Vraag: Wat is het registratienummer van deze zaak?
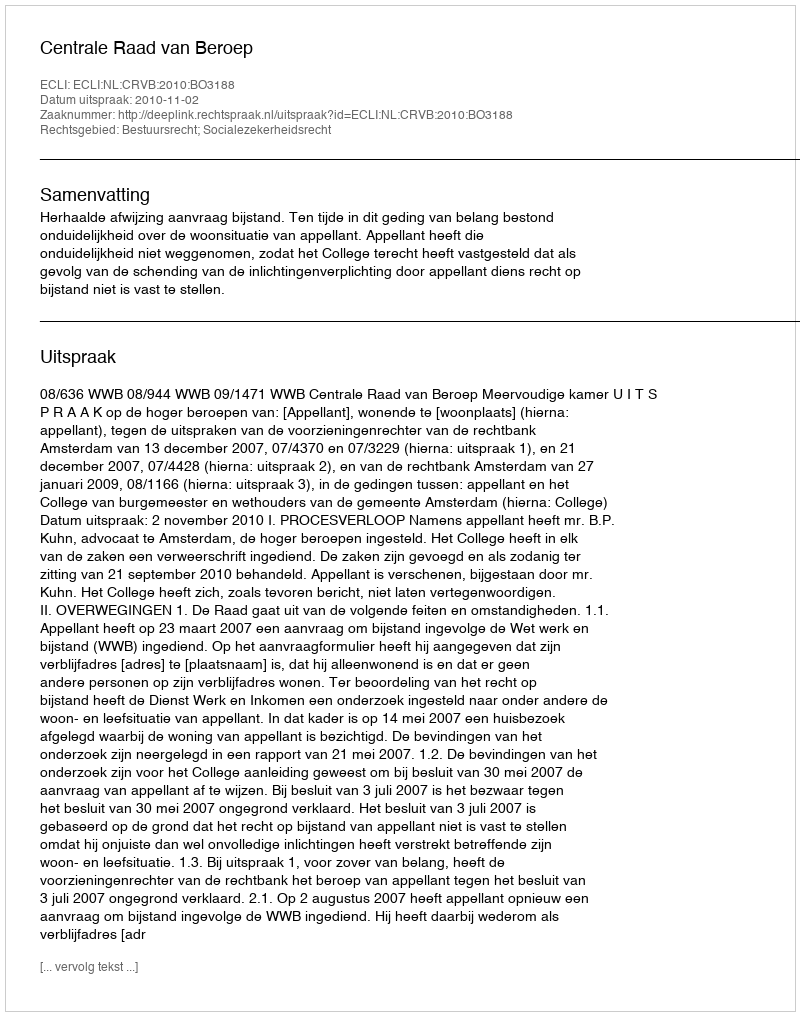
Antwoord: http://deeplink.rechtspraak.nl/uitspraak?id=ECLI:NL:CRVB:2010:BO3188